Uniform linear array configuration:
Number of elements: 48
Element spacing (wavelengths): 0.5
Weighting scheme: exponential
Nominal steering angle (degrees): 45
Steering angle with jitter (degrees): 45.838
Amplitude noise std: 0.05
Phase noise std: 0.05

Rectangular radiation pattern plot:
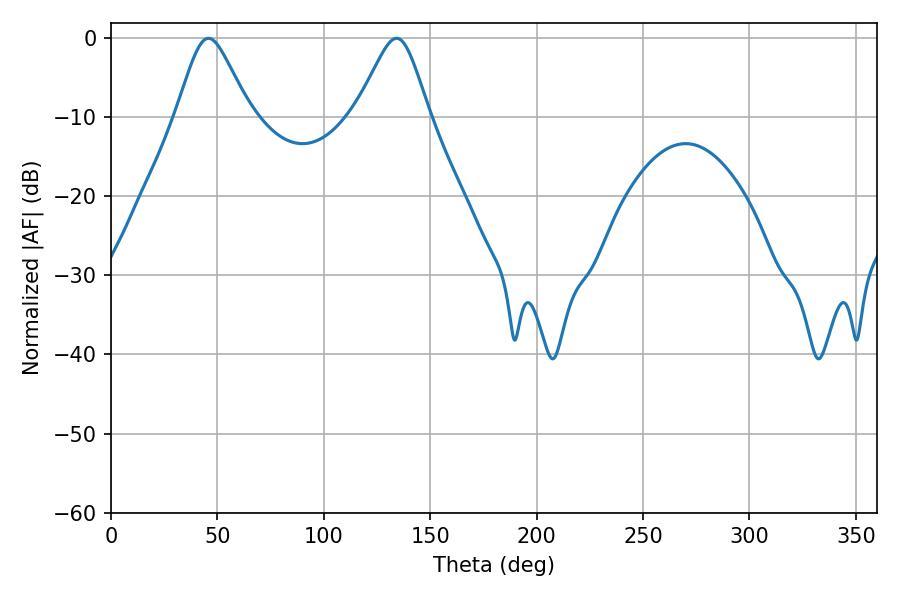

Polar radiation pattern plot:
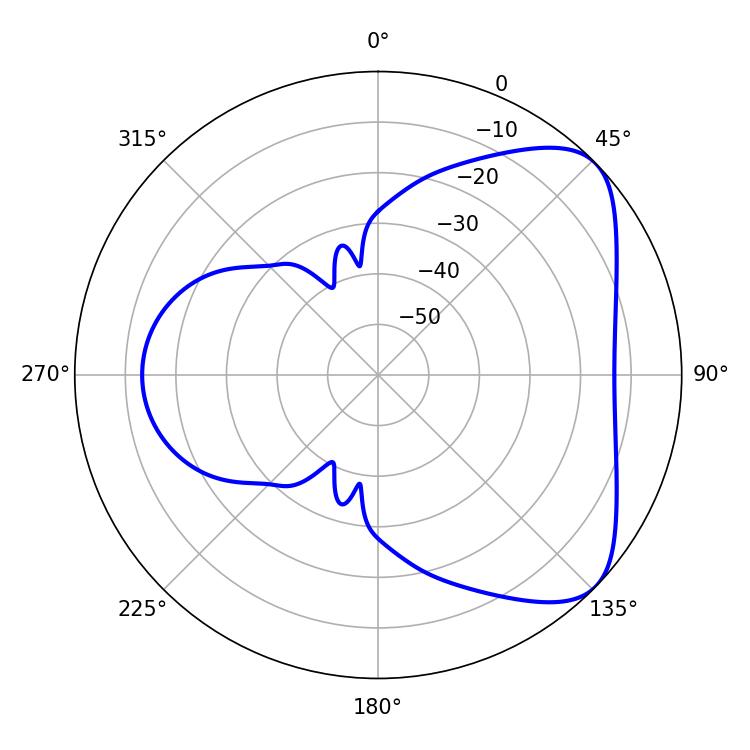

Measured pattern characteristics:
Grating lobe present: FALSE
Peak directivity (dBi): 5.927
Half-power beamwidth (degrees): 16.56
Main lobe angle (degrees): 45.72